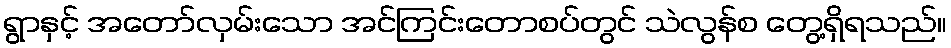
ရွာနှင့် အတော်လှမ်းသော အင်ကြင်းတောစပ်တွင် သဲလွန်စ တွေ့ရှိရသည်။